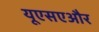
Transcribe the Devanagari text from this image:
यूएसएऔर